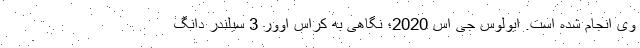
وی انجام شده است. ایولوس جی اس 2020؛ نگاهی به کراس اوور 3 سیلندر دانگ